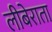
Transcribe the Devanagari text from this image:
लीबेराता